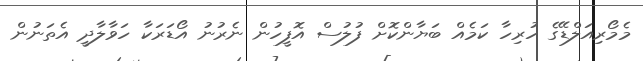
މެމޯރިއަލްޑޭގެ ހުރިހާ ކަމެއް ބަޔާންކޮށް ފުލުސް އޮފީހުން ނެރުނު އޯޑަރަކާ ހަވާލާދީ އެތަނުން